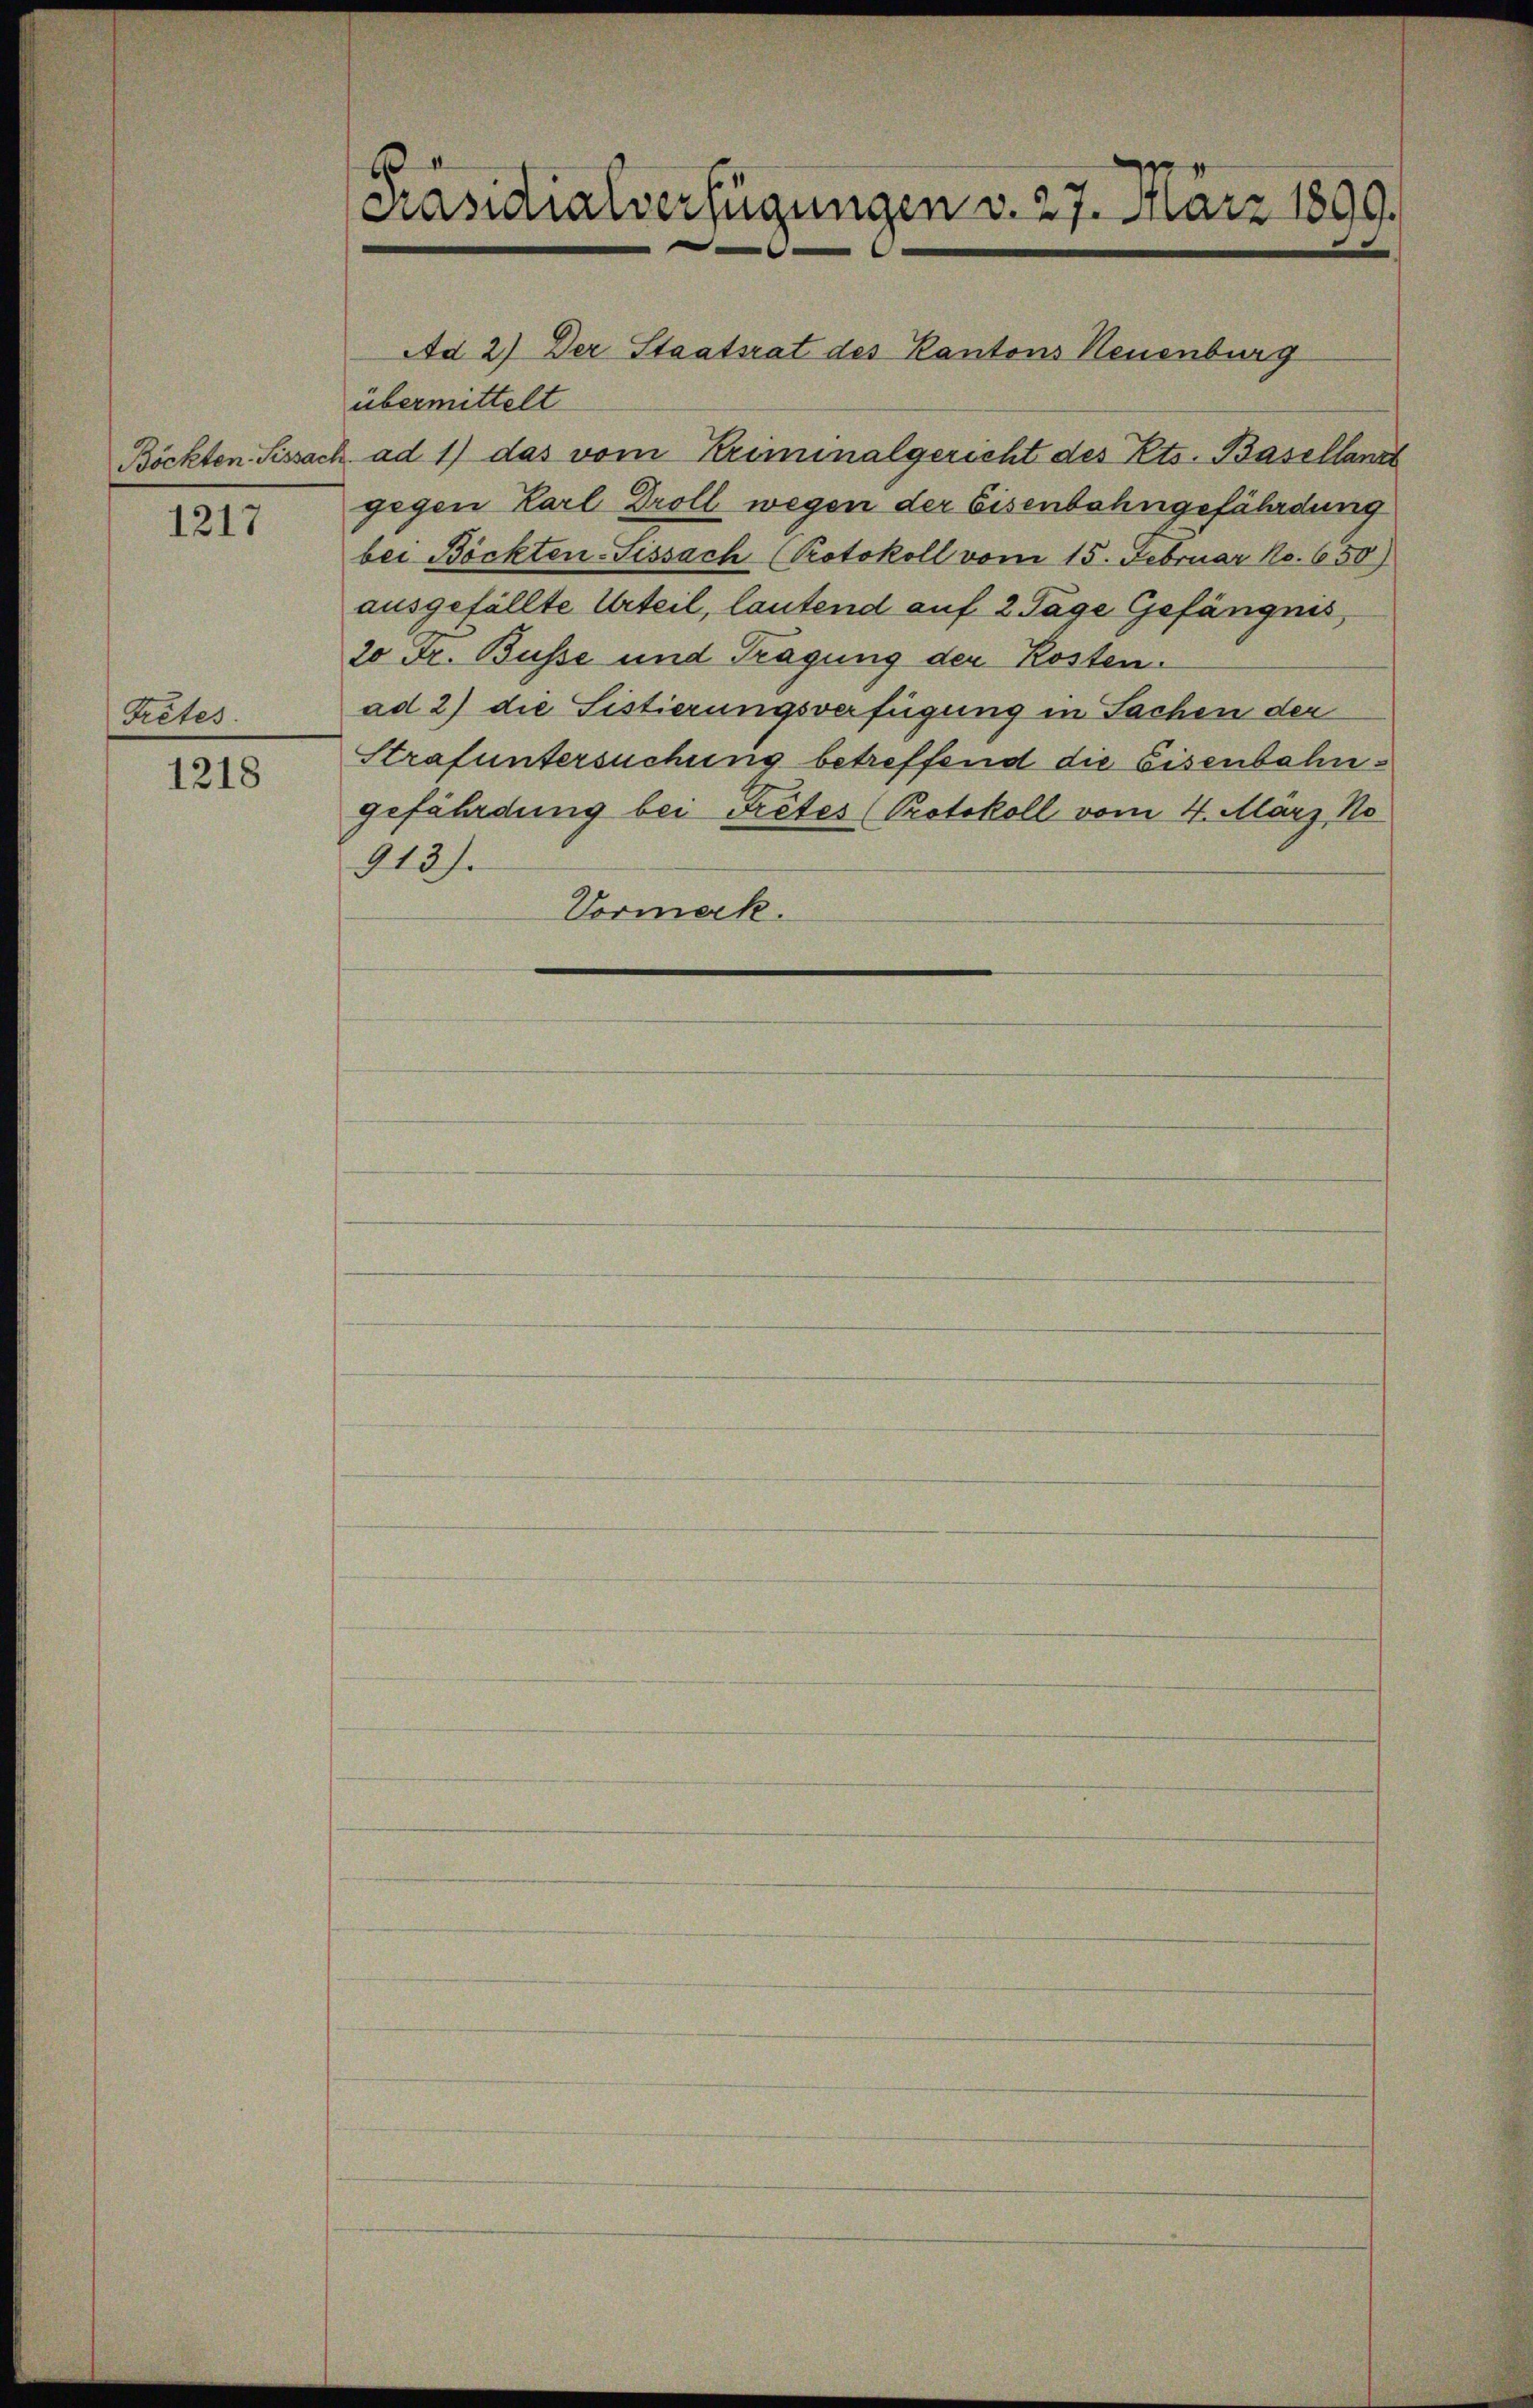
1217

1218

Gretes.

Ad 2) Der Staatsrat des Kantons Neuenburg
übermittelt
Böckten. Sissach ad 1) das vom Kriminalgericht des Kts. Baselland
gegen Karl Droll wegen der Eisenbahngefährdung
bei Böckten-Sissach (Protokoll vom 15. Februar No. 650)
ausgefällte Urteil, lautend auf 2 Tage Gefängnis,
20 Fr. Busse und Tragung der Kosten.
ad 2) die Sistierungsverfügung in Sachen der
Strafuntersuchung betreffend die Eisenbahngefährdung bei Tretes (Protokoll vom 4. März, No
913f.
Vormerk.

Präsidialverfügungen d. 27. März 1899.